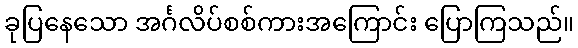
ခုပြနေသော အင်္ဂလိပ်စစ်ကားအကြောင်း ပြောကြသည်။